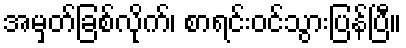
အမှတ်ခြစ်လိုက်၊ စာရင်းဝင်သွားပြန်ပြီ။